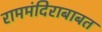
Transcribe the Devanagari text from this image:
राममंदिराबाबत